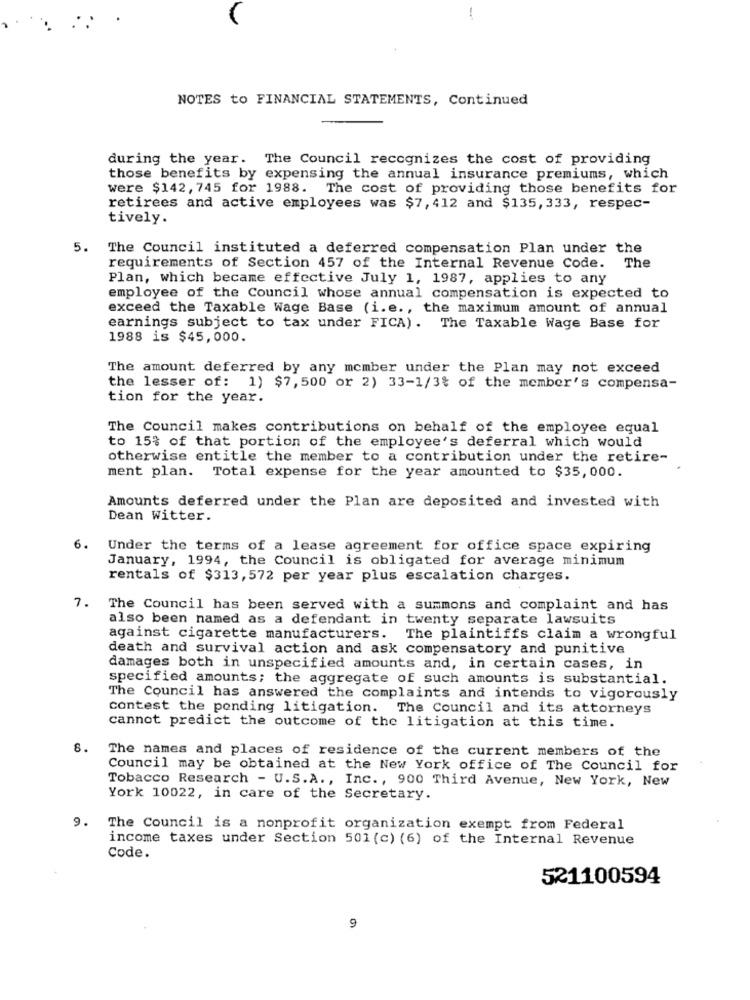
NOTES to FINANCIAL STATEMENTS, Continued
during the year. The Council recognizes the cost of providing
those benefits by expensing the annual insurance premiums, which
were $142, 745 for 1988. The cost of providing those benefits for
retirees and active employees was $7, 412 and $135, 333, respec-
tively.
5. The Council instituted a deferred compensation Plan under the
requirements of Section 457 of the Internal Revenue Code.
The
Plan, which became effective July 1, 1987, applies to any
employee of the Council whose annual compensation is expected to
exceed the Taxable Wage Base (i.e ., the maximum amount of annual
earnings subject to tax under FICA). The Taxable Wage Base for
1988 is $45,000.
The amount deferred by any member under the Plan may not exceed
the lesser of: 1) $7, 500 or 2) 33-1/3% of the member's compensa-
tion for the year.
The Council makes contributions on behalf of the employee equal
to 15% of that portion of the employee's deferral which would
otherwise entitle the member to a contribution under the retire-
ment plan. Total expense for the year amounted to $35, 000.
Amounts deferred under the Plan are deposited and invested with
Dean Witter.
6.
Under the terms of a lease agreement for office space expiring
January, 1994, the Council is obligated for average minimum
rentals of $313, 572 per year plus escalation charges.
7. The Council has been served with a summons and complaint and has
also been named as a defendant in twenty separate lawsuits
against cigarette manufacturers. The plaintiffs claim a wrongful
death and survival action and ask compensatory and punitive
damages both in unspecified amounts and, in certain cases, in
specified amounts; the aggregate of such amounts is substantial.
The Council has answered the complaints and intends to vigorously
contest the ponding litigation.
The Council and its attorneys
cannot predict the outcome of the litigation at this time.
8.
The names and places of residence of the current members of the
Council may be obtained at the New York office of The Council for
Tobacco Research - U.S.A ., Inc ., 900 Third Avenue, New York, New
York 10022, in care of the Secretary.
9. The Council is a nonprofit organization exempt from Federal
income taxes under Section 501 (c) (6) of the Internal Revenue
Code.
521100594
9